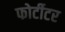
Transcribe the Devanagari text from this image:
फोर्टीटर